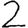
Digit: 2